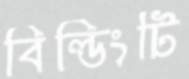
বিল্ডিংটি